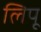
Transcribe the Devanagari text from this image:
लिपू